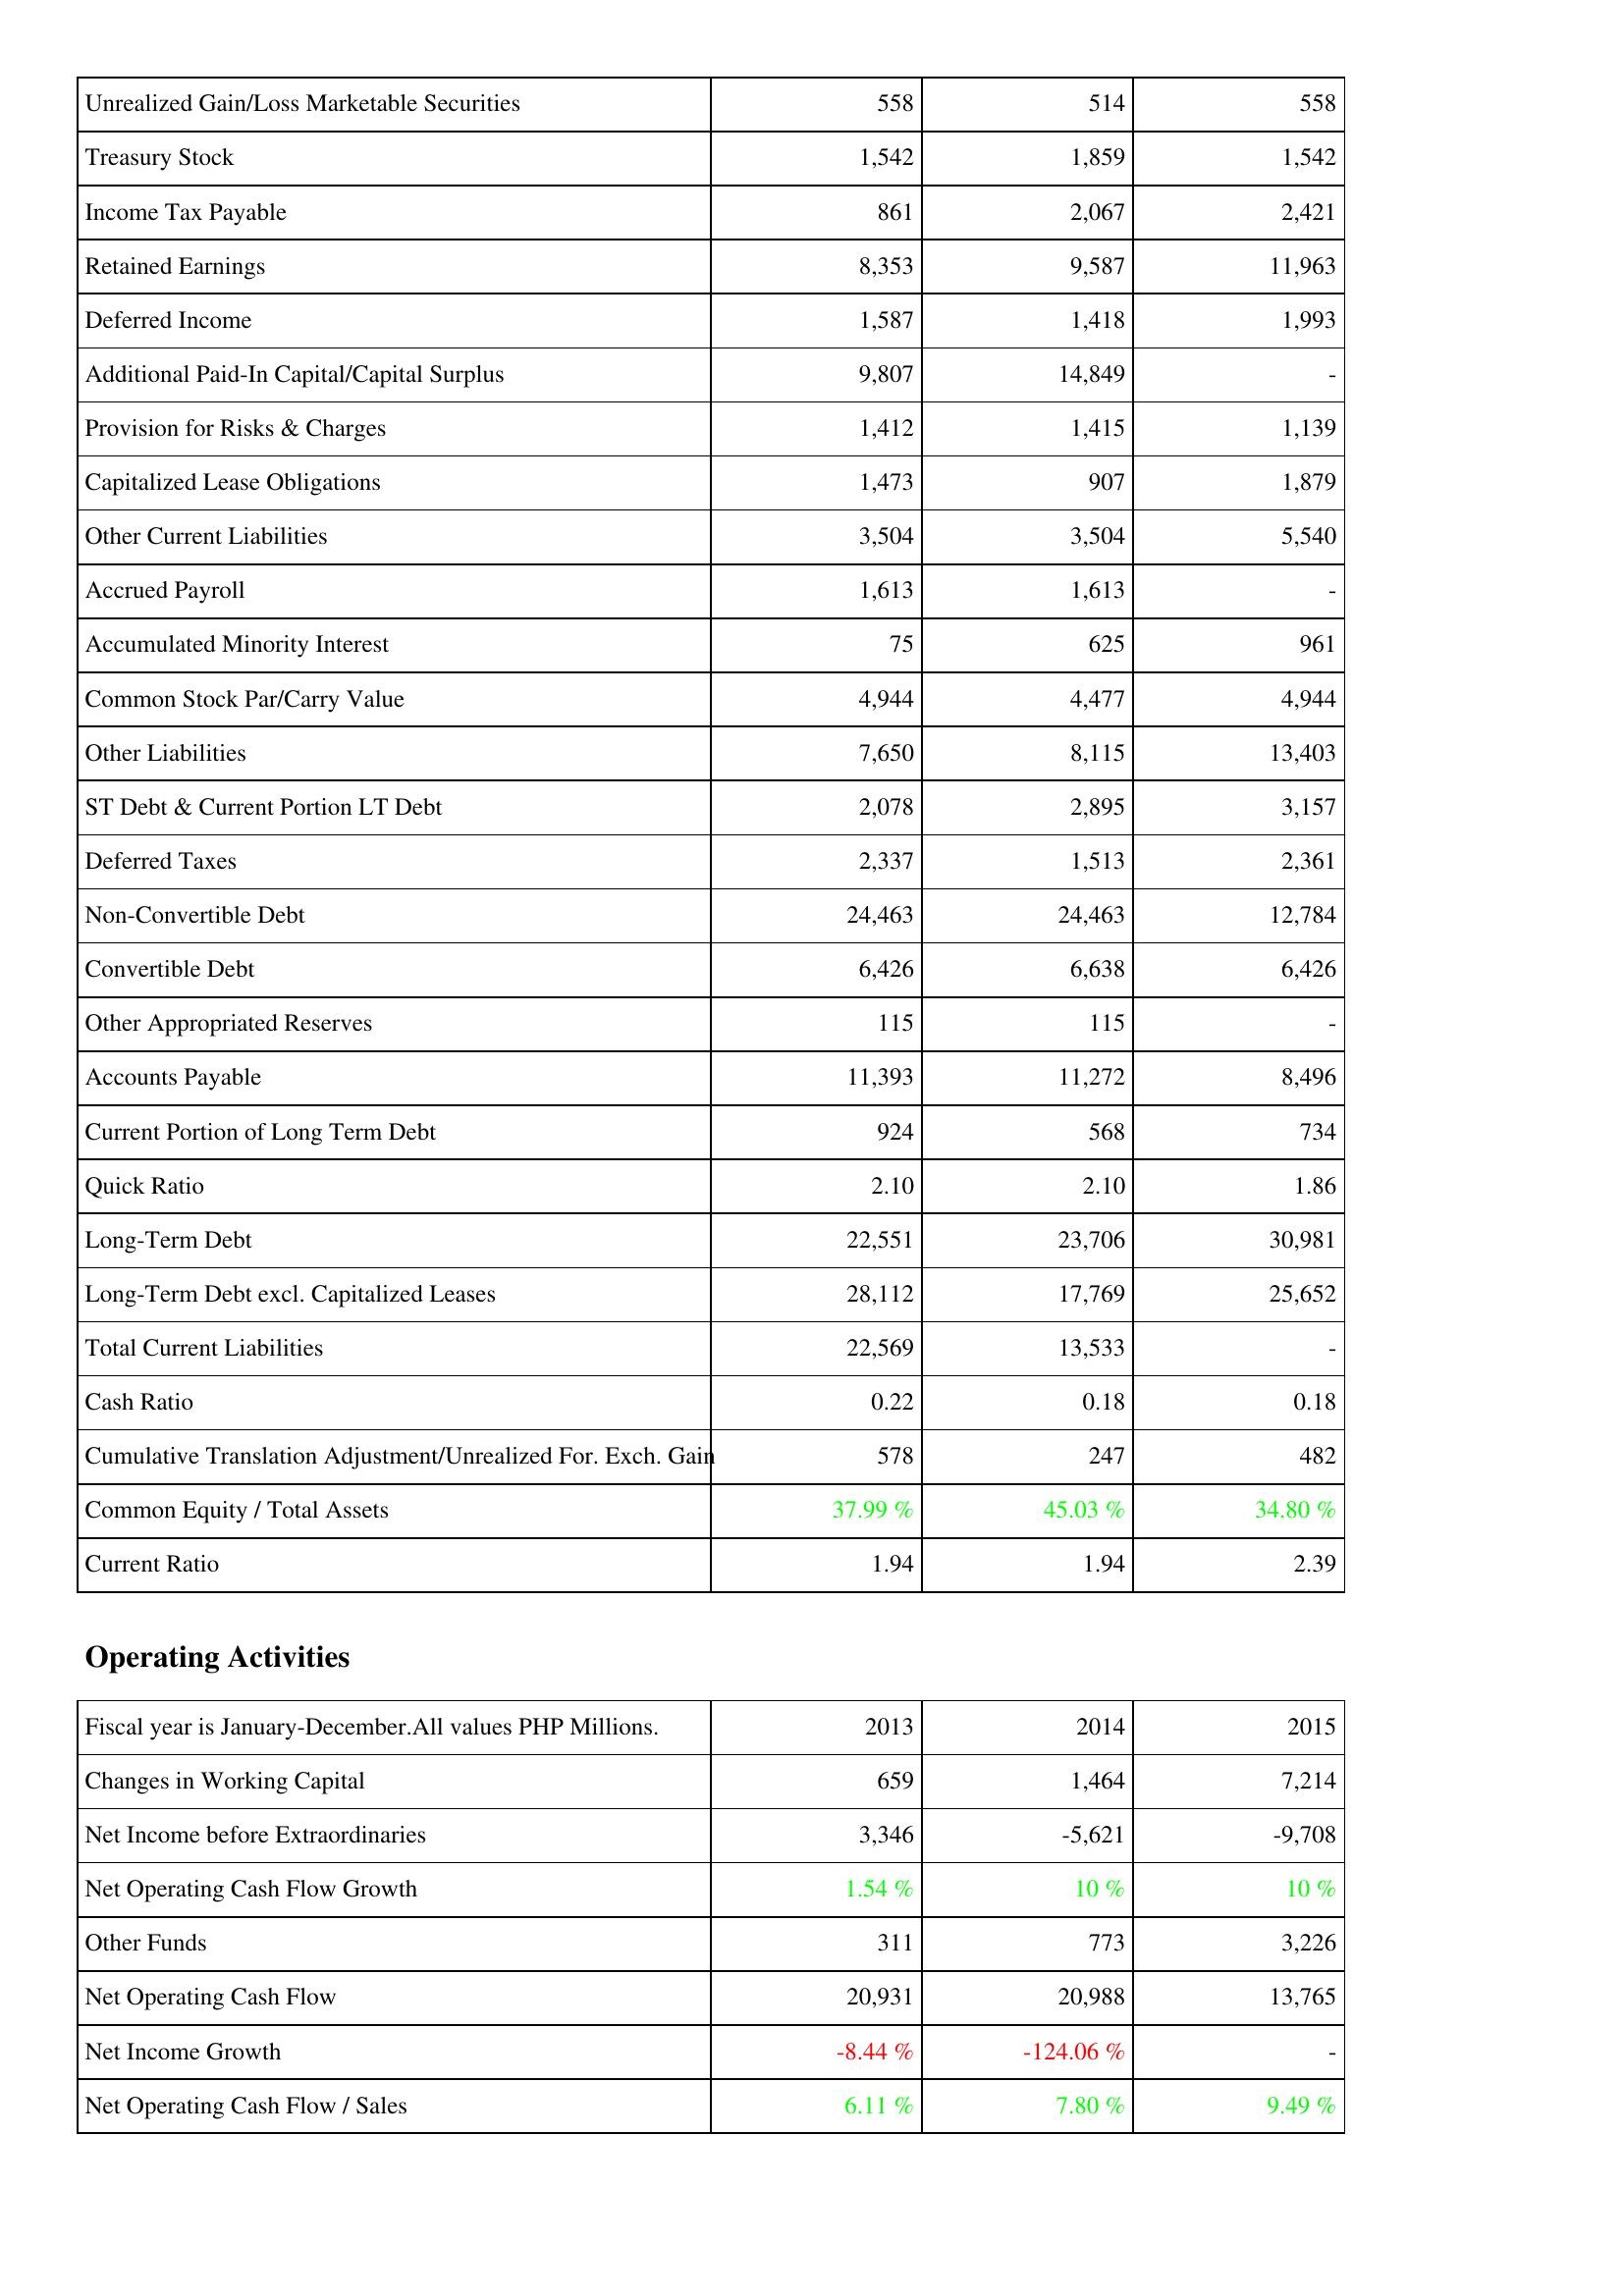
2013: Liabilities & Shareholders' Equity: Unrealized Gain/Loss Marketable Securities: 558
Treasury Stock: 1,542
Income Tax Payable: 861
Retained Earnings: 8,353
Deferred Income: 1,587
Additional Paid-In Capital/Capital Surplus: 9,807
Provision for Risks & Charges: 1,412
Capitalized Lease Obligations: 1,473
Other Current Liabilities: 3,504
Accrued Payroll: 1,613
Accumulated Minority Interest: 75
Common Stock Par/Carry Value: 4,944
Other Liabilities: 7,650
ST Debt & Current Portion LT Debt: 2,078
Deferred Taxes: 2,337
Non-Convertible Debt: 24,463
Convertible Debt: 6,426
Other Appropriated Reserves: 115
Accounts Payable: 11,393
Current Portion of Long Term Debt: 924
Quick Ratio: 2.10
Long-Term Debt: 22,551
Long-Term Debt excl. Capitalized Leases: 28,112
Total Current Liabilities: 22,569
Cash Ratio: 0.22
Cumulative Translation Adjustment/Unrealized For. Exch. Gain: 578
Common Equity / Total Assets: 37.99 %
Current Ratio: 1.94
Operating Activities: Changes in Working Capital: 659
Net Income before Extraordinaries: 3,346
Net Operating Cash Flow Growth: 1.54 %
Other Funds: 311
Net Operating Cash Flow: 20,931
Net Income Growth: -8.44 %
Net Operating Cash Flow / Sales: 6.11 %
2014: Liabilities & Shareholders' Equity: Unrealized Gain/Loss Marketable Securities: 514
Treasury Stock: 1,859
Income Tax Payable: 2,067
Retained Earnings: 9,587
Deferred Income: 1,418
Additional Paid-In Capital/Capital Surplus: 14,849
Provision for Risks & Charges: 1,415
Capitalized Lease Obligations: 907
Other Current Liabilities: 3,504
Accrued Payroll: 1,613
Accumulated Minority Interest: 625
Common Stock Par/Carry Value: 4,477
Other Liabilities: 8,115
ST Debt & Current Portion LT Debt: 2,895
Deferred Taxes: 1,513
Non-Convertible Debt: 24,463
Convertible Debt: 6,638
Other Appropriated Reserves: 115
Accounts Payable: 11,272
Current Portion of Long Term Debt: 568
Quick Ratio: 2.10
Long-Term Debt: 23,706
Long-Term Debt excl. Capitalized Leases: 17,769
Total Current Liabilities: 13,533
Cash Ratio: 0.18
Cumulative Translation Adjustment/Unrealized For. Exch. Gain: 247
Common Equity / Total Assets: 45.03 %
Current Ratio: 1.94
Operating Activities: Changes in Working Capital: 1,464
Net Income before Extraordinaries: -5,621
Net Operating Cash Flow Growth: 10 %
Other Funds: 773
Net Operating Cash Flow: 20,988
Net Income Growth: -124.06 %
Net Operating Cash Flow / Sales: 7.80 %
2015: Liabilities & Shareholders' Equity: Unrealized Gain/Loss Marketable Securities: 558
Treasury Stock: 1,542
Income Tax Payable: 2,421
Retained Earnings: 11,963
Deferred Income: 1,993
Additional Paid-In Capital/Capital Surplus: -
Provision for Risks & Charges: 1,139
Capitalized Lease Obligations: 1,879
Other Current Liabilities: 5,540
Accrued Payroll: -
Accumulated Minority Interest: 961
Common Stock Par/Carry Value: 4,944
Other Liabilities: 13,403
ST Debt & Current Portion LT Debt: 3,157
Deferred Taxes: 2,361
Non-Convertible Debt: 12,784
Convertible Debt: 6,426
Other Appropriated Reserves: -
Accounts Payable: 8,496
Current Portion of Long Term Debt: 734
Quick Ratio: 1.86
Long-Term Debt: 30,981
Long-Term Debt excl. Capitalized Leases: 25,652
Total Current Liabilities: -
Cash Ratio: 0.18
Cumulative Translation Adjustment/Unrealized For. Exch. Gain: 482
Common Equity / Total Assets: 34.80 %
Current Ratio: 2.39
Operating Activities: Changes in Working Capital: 7,214
Net Income before Extraordinaries: -9,708
Net Operating Cash Flow Growth: 10 %
Other Funds: 3,226
Net Operating Cash Flow: 13,765
Net Income Growth: -
Net Operating Cash Flow / Sales: 9.49 %